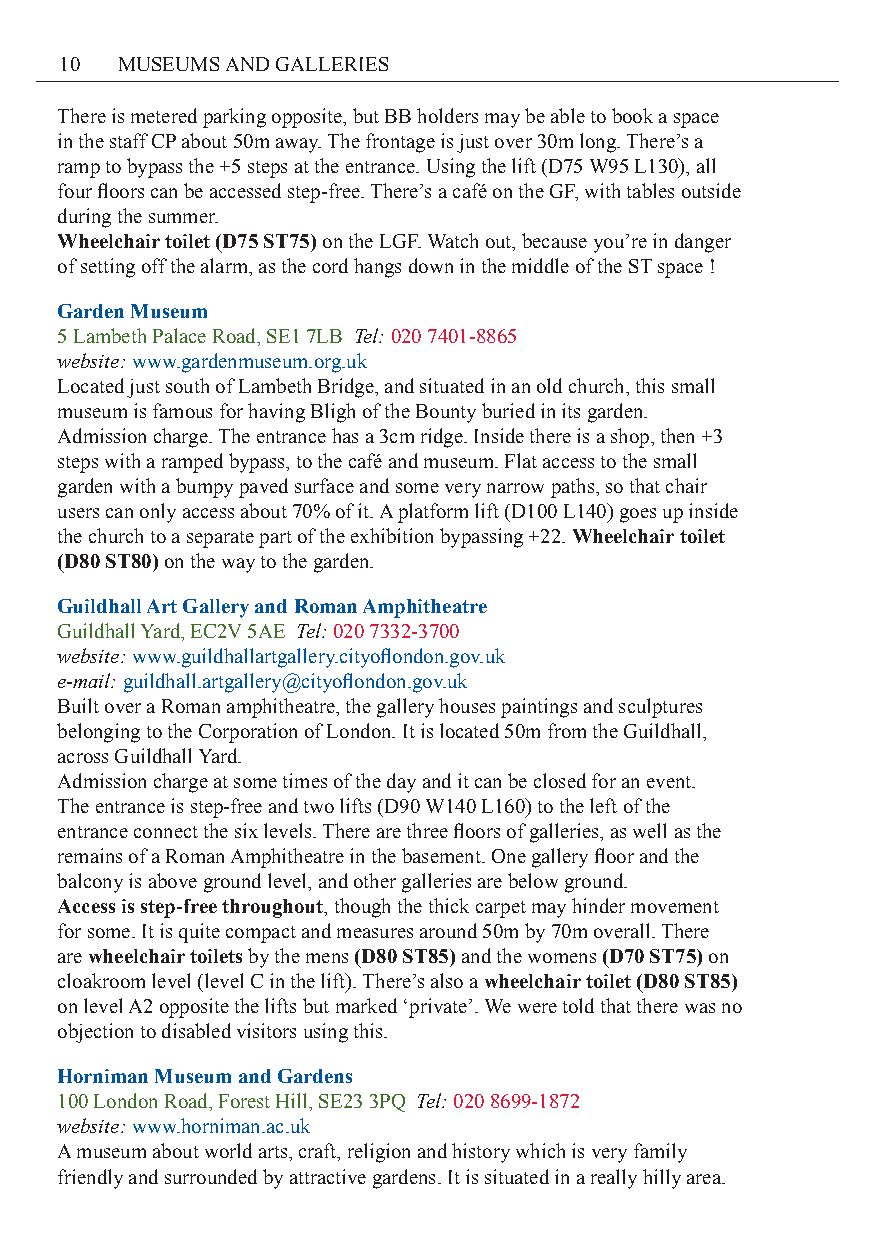
10  MUSEUMS AND GALLERIES
 There is metered parking opposite, but BB holders may be able to book a space
 in the staff CP about 50m away. The frontage is just over 30m long. There’s a
 ramp to bypass the +5 steps at the entrance. Using the lift (D75 W95 L130), all
 four floors can be accessed step-free. There’s a café on the GF, with tables outside
 during the summer.
 Wheelchair toilet (D75 ST75) on the LGF. Watch out, because you’re in danger
 of setting off the alarm, as the cord hangs down in the middle of the ST space !
 Garden Museum
 5 Lambeth Palace Road, SE1 7LB Tel: 020 7401-8865
 website: www.gardenmuseum.org.uk
 Located just south of Lambeth Bridge, and situated in an old church, this small
 museum is famous for having Bligh of the Bounty buried in its garden.
 Admission charge. The entrance has a 3cm ridge. Inside there is a shop, then +3
 steps with a ramped bypass, to the café and museum. Flat access to the small
 garden with a bumpy paved surface and some very narrow paths, so that chair
 users can only access about 70% of it. A platform lift (D100 L140) goes up inside
 the church to a separate part of the exhibition bypassing +22. Wheelchair toilet
 (D80 ST80) on the way to the garden.
 Guildhall Art Gallery and Roman Amphitheatre
 Guildhall Yard, EC2V 5AE Tel: 020 7332-3700
 website: www.guildhallartgallery.cityoflondon.gov.uk
 e-mail: guildhall.artgallery@cityoflondon.gov.uk
 Built over a Roman amphitheatre, the gallery houses paintings and sculptures
 belonging to the Corporation of London. It is located 50m from the Guildhall,
 across Guildhall Yard.
 Admission charge at some times of the day and it can be closed for an event.
 The entrance is step-free and two lifts (D90 W140 L160) to the left of the
 entrance connect the six levels. There are three floors of galleries, as well as the
 remains of a Roman Amphitheatre in the basement. One gallery floor and the
 balcony is above ground level, and other galleries are below ground.
 Access is step-free throughout, though the thick carpet may hinder movement
 for some. It is quite compact and measures around 50m by 70m overall. There
 are wheelchair toilets by the mens (D80 ST85) and the womens (D70 ST75) on
 cloakroom level (level C in the lift). There’s also a wheelchair toilet (D80 ST85)
 on level A2 opposite the lifts but marked ‘private’. We were told that there was no
 objection to disabled visitors using this.
 Horniman Museum and Gardens
 100 London Road, Forest Hill, SE23 3PQ Tel: 020 8699-1872
 website: www.horniman.ac.uk
 A museum about world arts, craft, religion and history which is very family
 friendly and surrounded by attractive gardens. It is situated in a really hilly area.